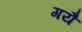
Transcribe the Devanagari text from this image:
गयै